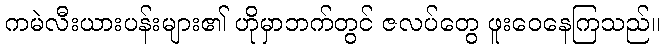
ကမဲလီးယားပန်းများ၏ ဟိုမှာဘက်တွင် ဇလပ်တွေ ဖူးဝေနေကြသည်။